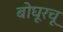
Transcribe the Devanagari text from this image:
बोघूरचू